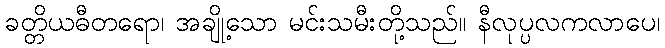
ခတ္တိယဓီတရော၊ အချို့သော မင်းသမီးတို့သည်။ နီလုပ္ပလကလာပေ၊